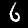
Label: 6